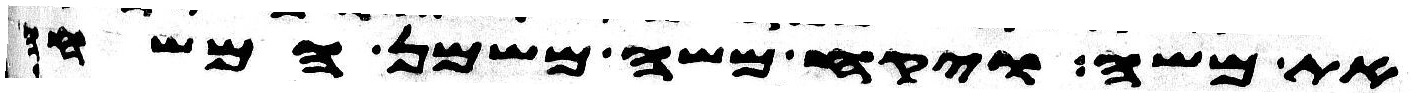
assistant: את משה ויקח משה משמן המשחה